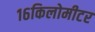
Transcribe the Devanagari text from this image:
१६किलोमीटर